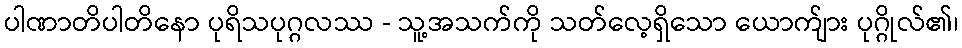
ပါဏာတိပါတိနော ပုရိသပုဂ္ဂလဿ - သူ့အသက်ကို သတ်လေ့ရှိသော ယောက်ျား ပုဂ္ဂိုလ်၏၊